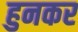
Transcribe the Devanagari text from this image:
हुनकर